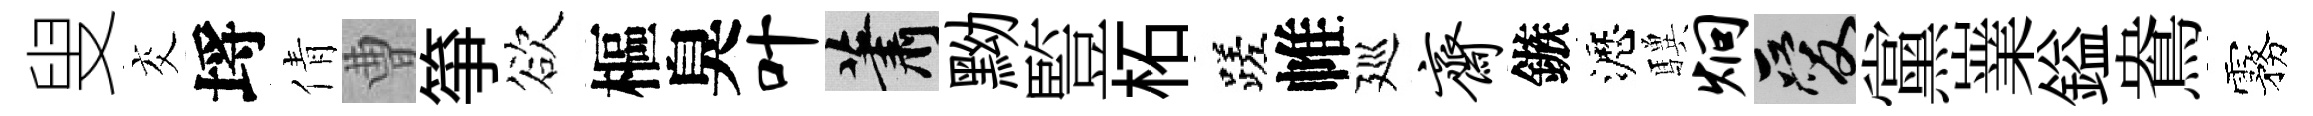
叟交埓倩曹箏欲樞臭叶蕭黝䜿柘蹉帷廵斋鏃瀝驥炯爱黨嶪鎰鴦霧